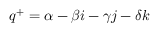
q ^ { + } = \alpha - \beta i - \gamma j - \delta k